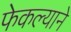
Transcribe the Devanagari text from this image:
फेकल्याने